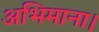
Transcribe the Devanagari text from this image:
अभिमाना।